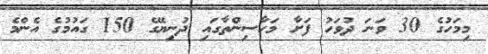
މިމަހުގެ 30 ވަނަ ދުވަހު ފަށާ މަހާސިންތާގައި ދުނިޔޭގެ 150 ގައުމުގެ އެންމެ